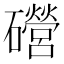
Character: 𥗞